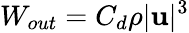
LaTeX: W_{out}=C_{d}\rho|\mathbf{u}|^{3}